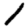
Digit: 1